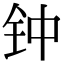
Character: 钟